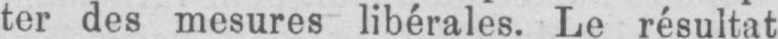
ter des mesures libérales. Le résultat